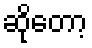
ဆိုတော့